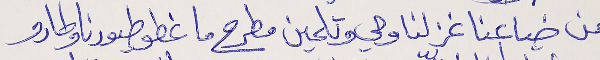
من ضياعنا غزلنا وحي وتلحين  مطرح ما غطو طيورنا وطارو